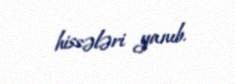
hissələri yanıb.